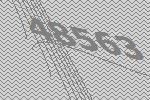
48563